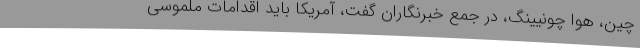
چین، هوا چونیینگ، در جمع خبرنگاران گفت، آمریکا باید اقدامات ملموسی